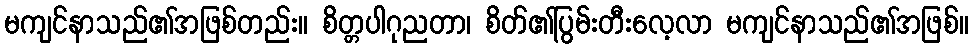
မကျင်နာသည်၏အဖြစ်တည်း။ စိတ္တပါဂုညတာ၊ စိတ်၏ပြွမ်းတီးလေ့လာ မကျင်နာသည်၏အဖြစ်။